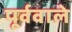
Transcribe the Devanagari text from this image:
पूर्ववाले